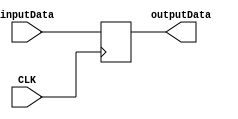
`timescale 1ns / 1ps
//////////////////////////////////////////////////////////////////////////////////
// Company: 
// Engineer: 
// 
// Design Name: 
// Module Name: ALUoutDR
// Project Name: 
// Target Devices: 
// Tool Versions: 
// Description: 
// 
// Dependencies: 
// 
// Revision:
// Revision 0.01 - File Created
// Additional Comments:
// 
//////////////////////////////////////////////////////////////////////////////////


module ALUoutDR(CLK,inputData,outputData);
    input CLK;
    input [31:0] inputData;
    output reg [31:0] outputData;
    always @ (posedge CLK) begin
        outputData<=inputData;
    end
endmodule